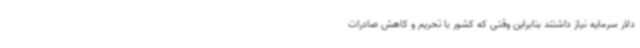
دلار سرمایه نیاز داشتند بنابراین وقتی که کشور با تحریم و کاهش صادرات